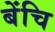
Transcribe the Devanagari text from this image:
बेंचि